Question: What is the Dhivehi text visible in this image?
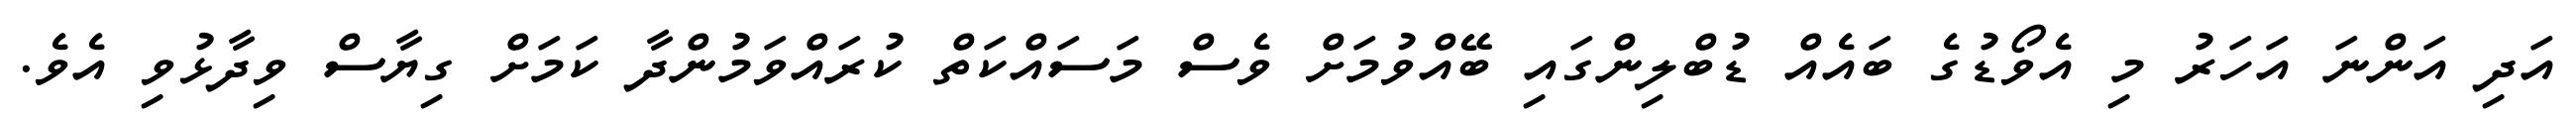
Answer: އަދި އަންނަ އަހަރު މި އެވޯޑުގެ ބައެއް ޑުބްލިންގައި ބޭއްވުމަށް ވެސް މަސައްކަތް ކުރައްވަމުންދާ ކަމަށް ގިޔާސް ވިދާޅުވި އެވެ.